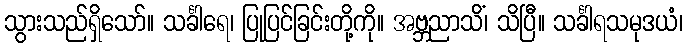
သွားသည်ရှိသော်။ သင်္ခါရေ၊ ပြုပြင်ခြင်းတို့ကို။ အဗ္ဘညာသိံ၊ သိပြီ။ သင်္ခါရသမုဒယံ၊